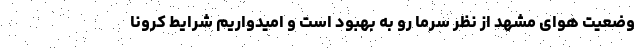
وضعیت هوای مشهد از نظر سرما رو به بهبود است و امیدواریم شرایط کرونا